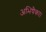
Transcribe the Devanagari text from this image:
अभिषैका।